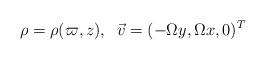
LaTeX: \begin{align*}\rho=\rho(\varpi, z), \;\;\vec{v}=(-\Omega y, \Omega x, 0)^T\end{align*}